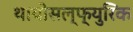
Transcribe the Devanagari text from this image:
थायोसल्फ्युरिक